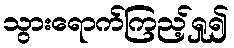
သွားရောက်ကြည့်ရှု၍